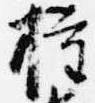
権